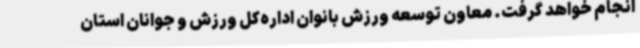
انجام خواهد گرفت. معاون توسعه ورزش بانوان اداره‌کل ورزش و جوانان استان